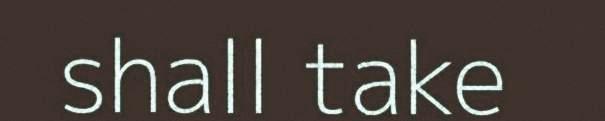
shall take